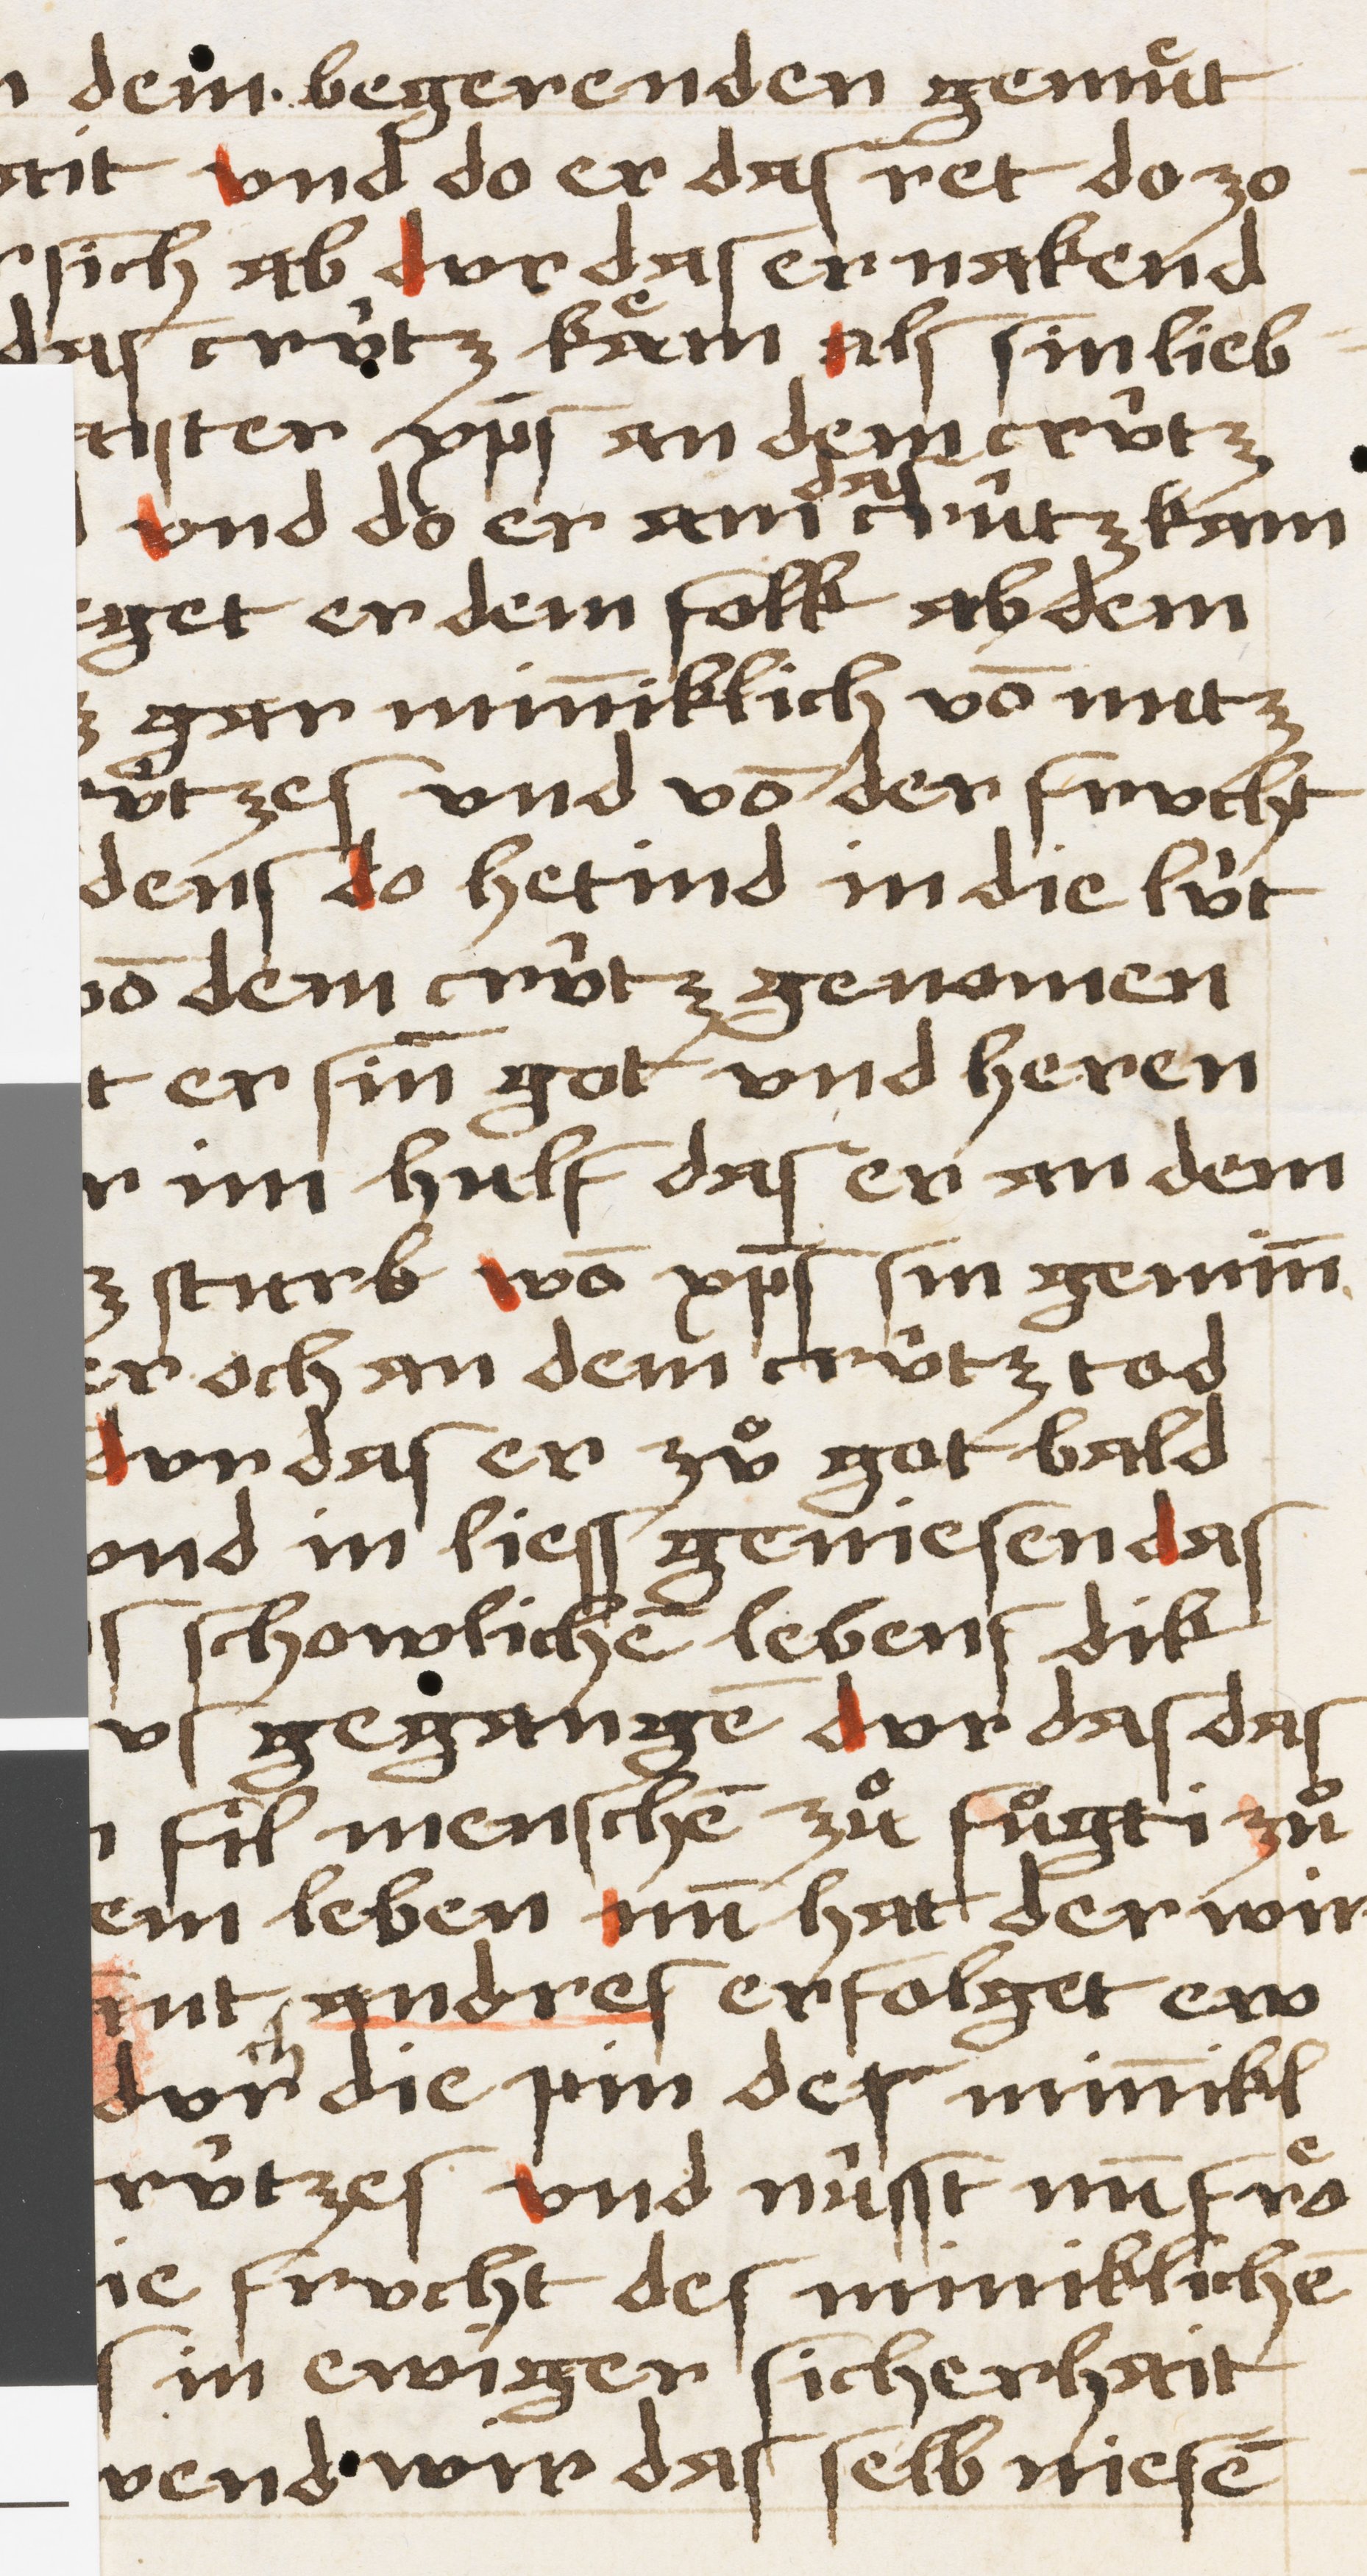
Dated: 1450–1499